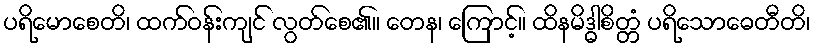
ပရိမောစေတိ၊ ထက်ဝန်းကျင် လွတ်စေ၏။ တေန၊ ကြောင့်။ ထိနမိဒ္ဓါစိတ္တံ ပရိသောဓေတီတိ၊